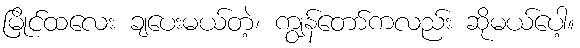
မြိုင်ထလေး ချပေးမယ်တဲ့၊ ကျွန်တော်ကလည်း ဆိုမယ်ပေါ့။